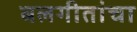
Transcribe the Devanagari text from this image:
बलगीतांचा